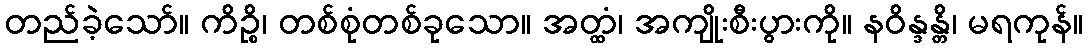
တည်ခဲ့သော်။ ကိဉ္စိ၊ တစ်စုံတစ်ခုသော။ အတ္ထံ၊ အကျိုးစီးပွားကို။ နဝိန္ဒန္တိ၊ မရကုန်။